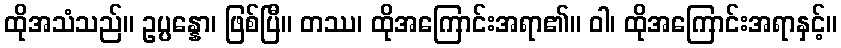
ထိုအသံသည်။ ဥပ္ပန္နော၊ ဖြစ်ပြီ။ တဿ၊ ထိုအကြောင်းအရာ၏။ ဝါ၊ ထိုအကြောင်းအရာနှင့်။